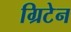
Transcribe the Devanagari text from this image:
ग्रिटेन